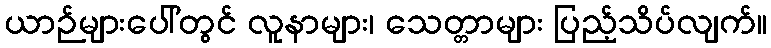
ယာဉ်များပေါ်တွင် လူနာများ၊ သေတ္တာများ ပြည့်သိပ်လျက်။